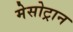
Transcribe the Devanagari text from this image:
मेसोट्रान